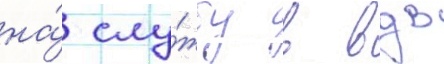
на́ слу́жбу в вдв